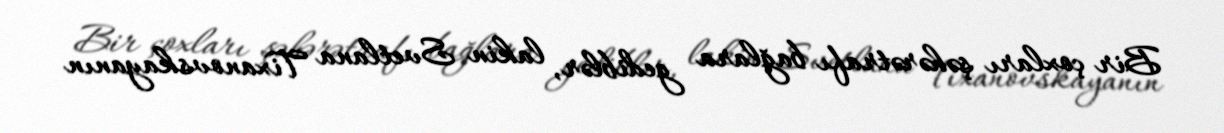
Bir çoxları şəhərətrafı bağlara gediblər, lakin Svetlana Tixanovskayanın